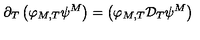
\partial _ { T } \left( \varphi _ { M , T } \psi ^ { M } \right) = \left( \varphi _ { M , T } { \cal D } _ { T } \psi ^ { M } \right)